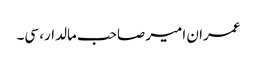
عمران امیر صاحب مالدار، سی۔